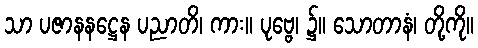
သာ ပဇာနနဋ္ဌေန ပညာတိ၊ ကား။ ပုဗ္ဗေ၊ ၌။ သောတာနံ၊ တို့ကို။